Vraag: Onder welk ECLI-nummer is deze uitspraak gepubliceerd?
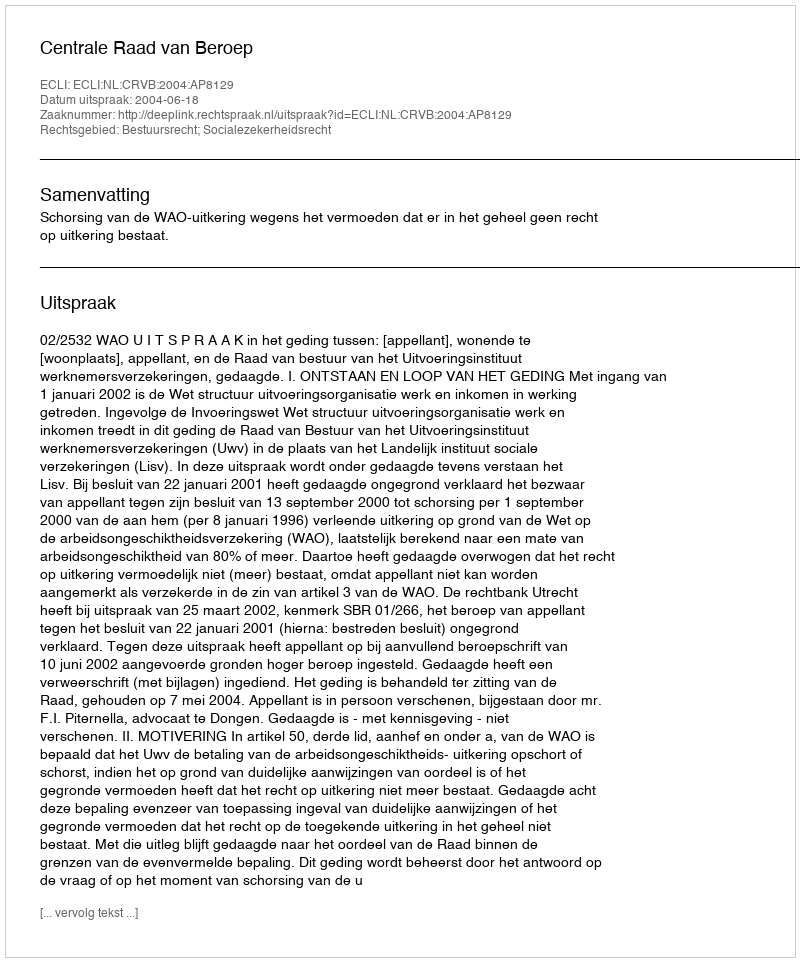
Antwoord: ECLI:NL:CRVB:2004:AP8129